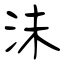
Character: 沬